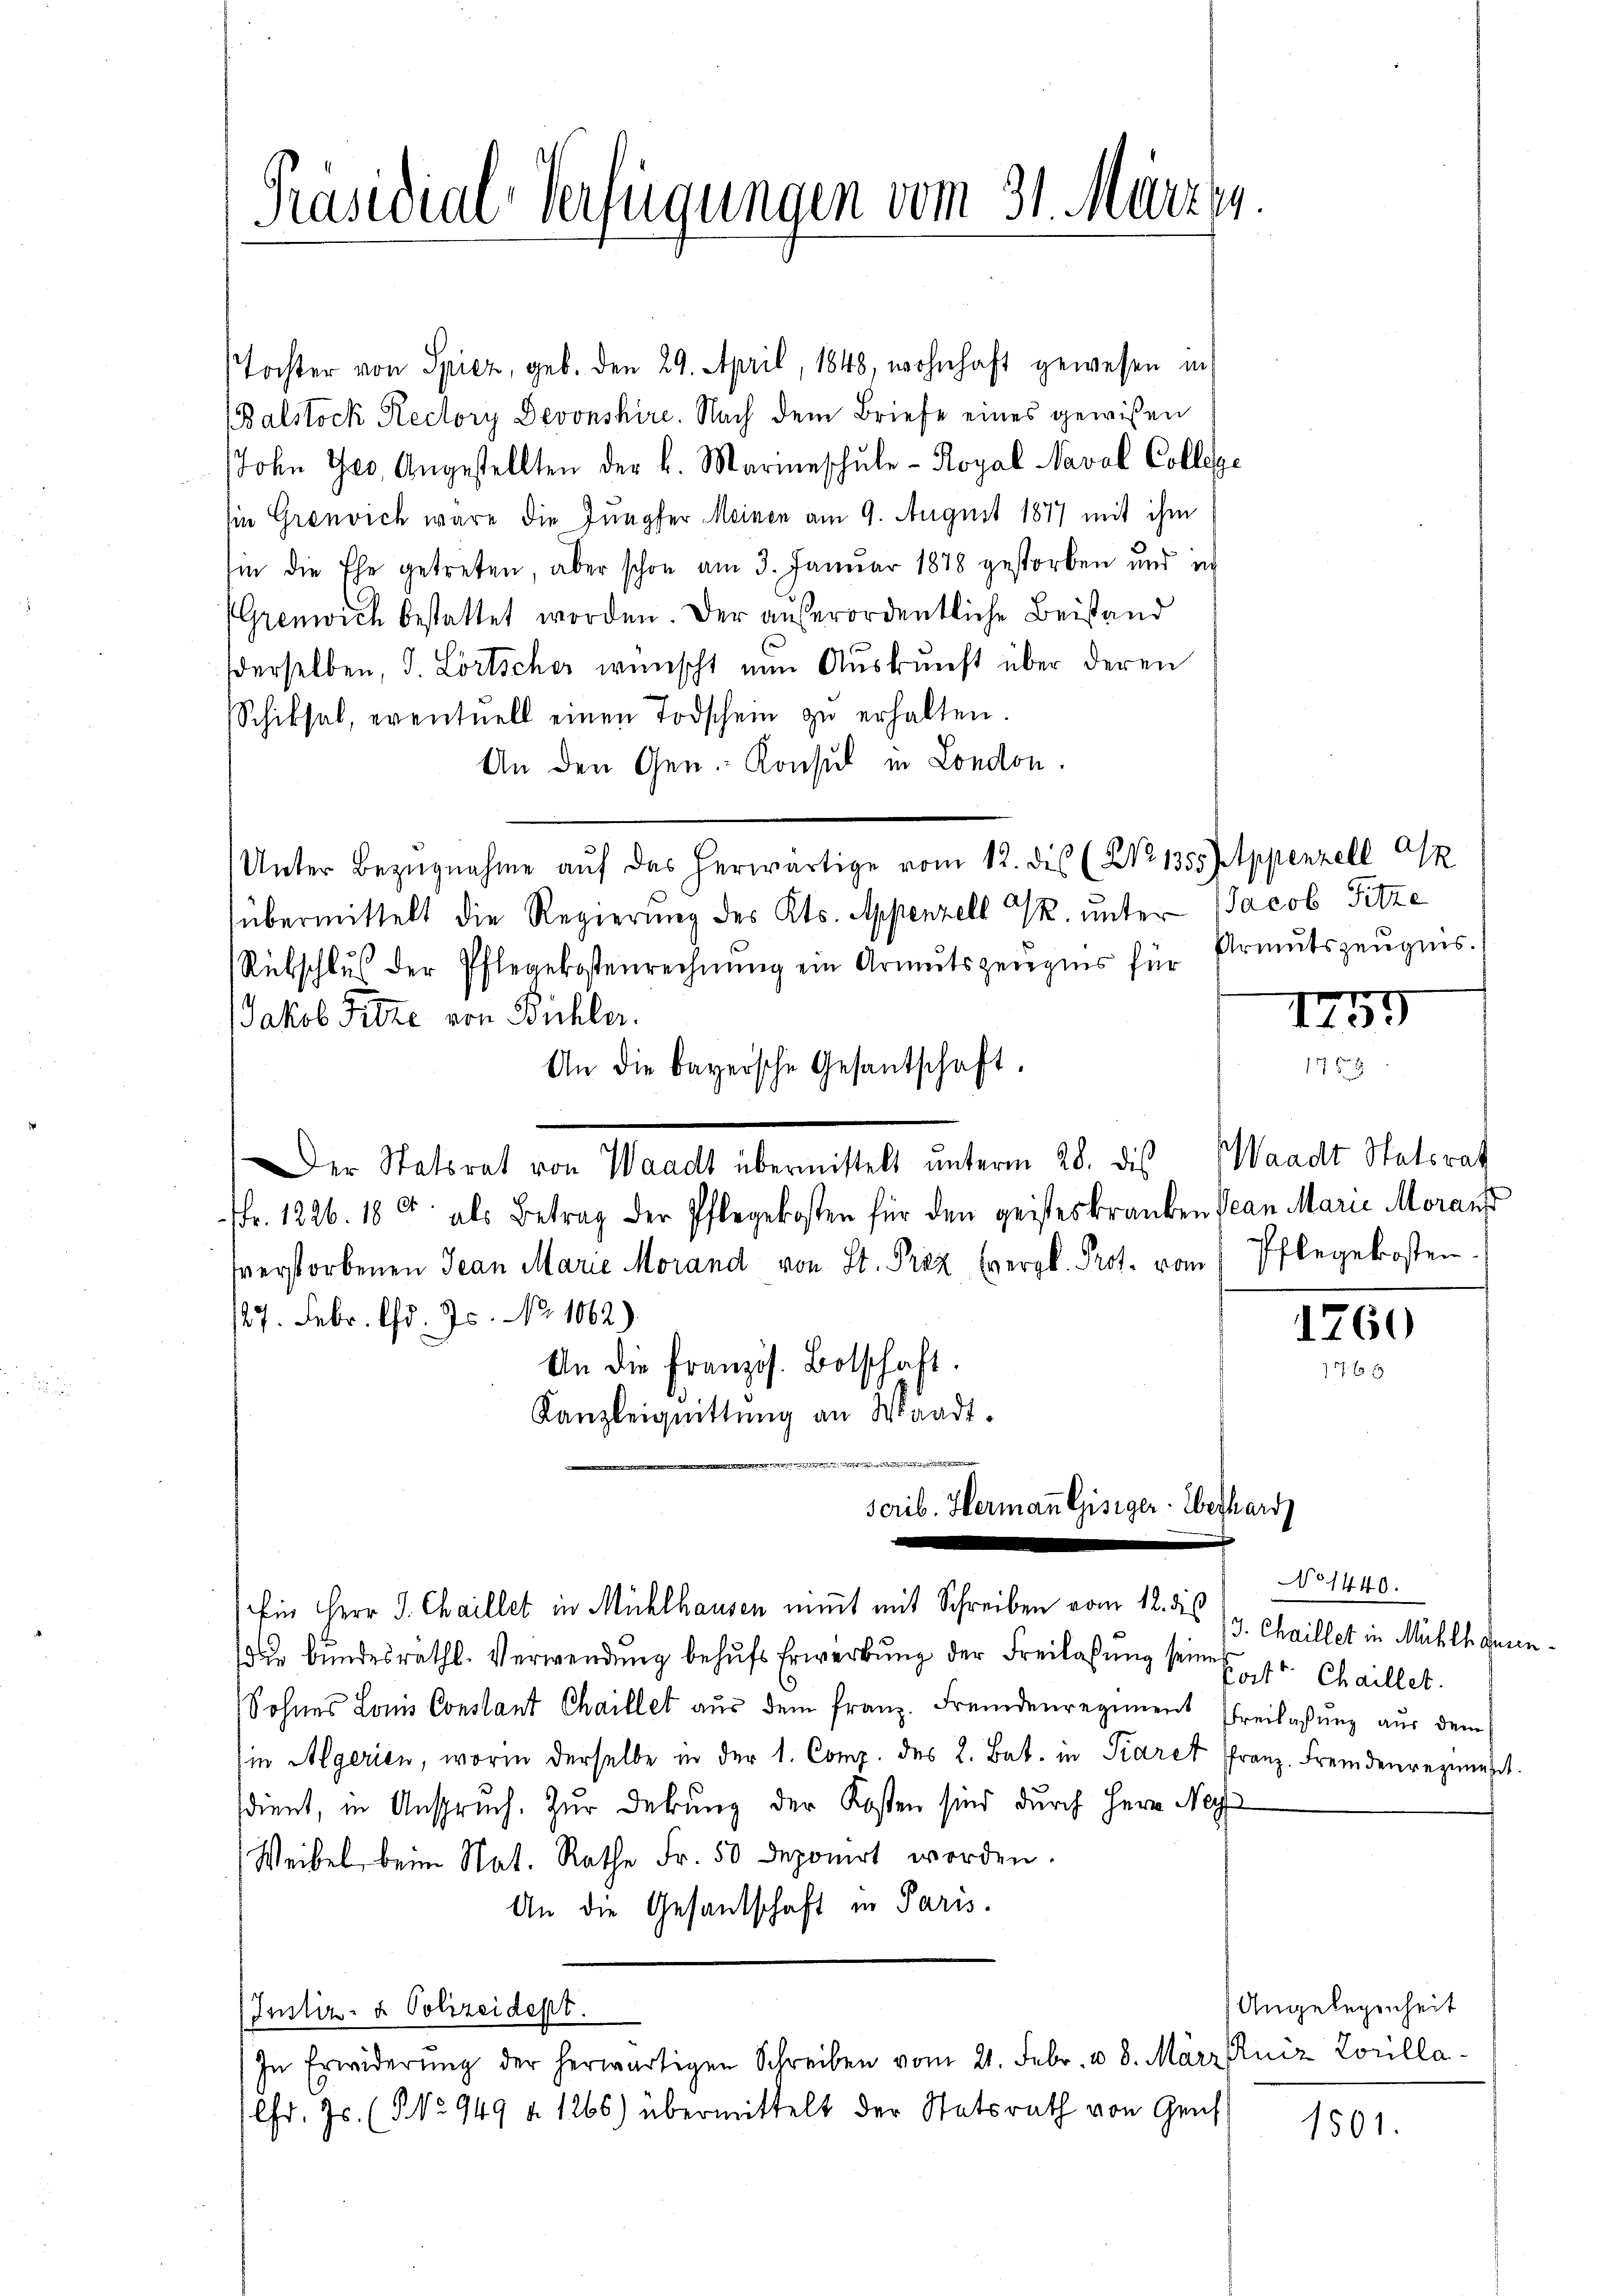
Präsidial-Verfügungen vom 31. Märzer.

Tochter von Spiez, geb. den 29. April 1848, wohnhaft gewesen in
Balstock Rectory Devonskire. Nach dem Briefe eines gewißen
John Ges. Angestellten der k. Marine schŭle - Royal Naval College
sie Grenvich wäre die Jungfer Meinen am 9. August 1877 mit ihm
in die Ehe getreten, aber schon am 3. Januar 1878 gestorben und in
Grenwich bestattet worden. Der außerordentliche Beistand
dderselben, d. Lortscher wünscht nun Auskunft über deren
Schiksal, eventuell einen Todschein zŭ erhalten.
An den Gen. Konsul in London.
Unter Bezŭgnahme aŭf das herwärtige vom 12. die (Nr. 1355. Appenzell A
übermittelt die Regierung des Kts. Appenzell S. unter Jacob Fitze
Rübschlŭβ der Pflegekostenrechnŭng ein Armutszeŭgnis für Armutszeŭgnis.
Jakob Pitze von Büchler.
An die bayersche Gesantschaft.
Der Strat unterm 28. 320. Mante trat
ffr. 1226. 180. als Betrag der Pflegekosten für den geisteskranken Jean Marie Moranst
sverstorbenen Jean Marie Morand von St. Praz (vergl. Prot. vom 1 Pflegekosten.
127. Febr. d. Js. No. 1062)
An die französ. Botschaft.
Kanzleiquittung an Waadt.

scrib. Hermann Gisiger. Eberhard
e
Ein Herr J. Chaillet in Mühlhausen nimmt mit Schreiben vom 12. des (9. Chaillet in Mühlhanunsie bundesraths-Verwendung behufs Erwerbung der Freilassung seine
Sohnes Louis Constant Chaillet aŭs dem franz. Fremdenregiment Freilassŭng aŭs dem
(in Algerien, worin derselbe in der 1. Comp. des L. Bat. in Parer Franz. Fremdenregiesst.
sdient, in Anspruch. Zur Deckung der Kosten sind durch Herr Nac
Weibel beim Nat. Rathe Fr. 50 deponirt worden.
An die Gesandtschaft in Paris.
(Justiz- & Polizeidest.
In Erwiderŭng der herwärtigen Schreiben vom 21. Febr. u. 8. März niz Louilla-
lfd. Js. (§ No 949 f. 1266) übermittelt der Statsrath von Geis

1459

.

1760

No 1440.
Korte Chaillet.

Angelegenheit

1501.